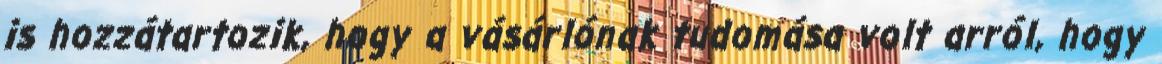
is hozzátartozik, hogy a vásárlónak tudomása volt arról, hogy